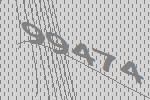
99474